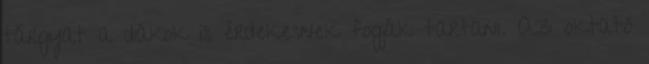
tárgyat a diákok is érdekesnek fogják tartani. Az oktató